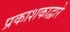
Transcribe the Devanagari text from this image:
प्रकाशकाद्वारे